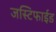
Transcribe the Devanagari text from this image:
जस्टिफाईड